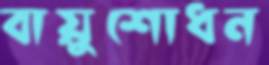
বায়ুশোধন